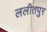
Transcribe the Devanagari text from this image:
ललीतपुर